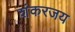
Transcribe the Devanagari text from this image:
शंकरजय